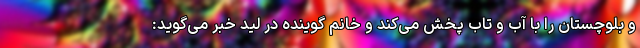
و بلوچستان را با آب و تاب پخش می‌کند و خانم گوینده در لید خبر می‌گوید: